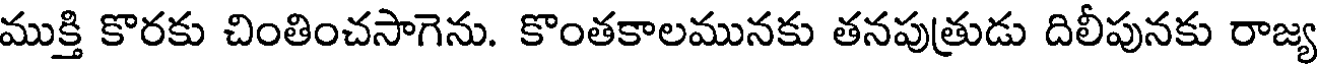
ముక్తి కొరకు చింతించసాగెను. కొంతకాలమునకు తనపుత్రుడు దిలీపునకు రాజ్య